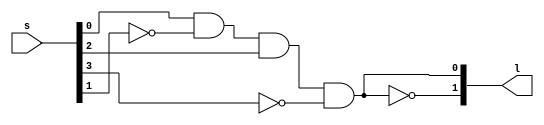
module safe(l,s);
input [3:0] s;
output [1:0] l;
parameter p=4'b0101;
assign l[0] = ~(s[0]^p[0]) & ~(s[1]^p[1]) & ~(s[2]^p[2]) & ~(s[3]^p[3]);
assign l[1] = ~l[0];
endmodule